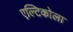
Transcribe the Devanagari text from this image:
एल्टिकोला